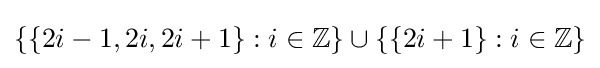
\{\{2i-1,2i,2i+1\}:i\in \mathbb {Z} \}\cup \{\{2i+1\}:i\in \mathbb {Z} \}